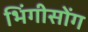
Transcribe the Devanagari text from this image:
भिंगीसोंग